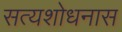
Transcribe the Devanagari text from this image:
सत्यशोधनास